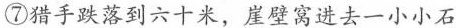
⑦猎手跌落到六十米，崖壁窝进去一小小石